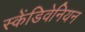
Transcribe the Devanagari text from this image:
स्केंडिवेनियन